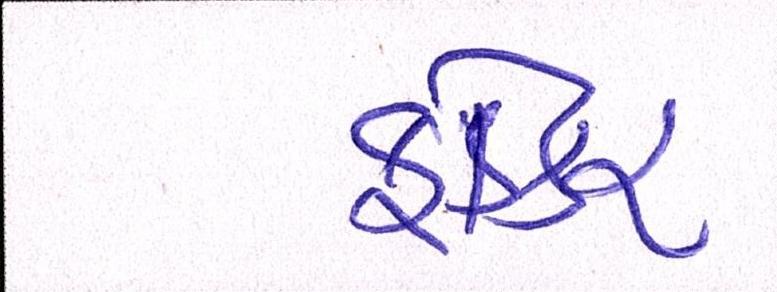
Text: ફોકર